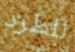
للطرد